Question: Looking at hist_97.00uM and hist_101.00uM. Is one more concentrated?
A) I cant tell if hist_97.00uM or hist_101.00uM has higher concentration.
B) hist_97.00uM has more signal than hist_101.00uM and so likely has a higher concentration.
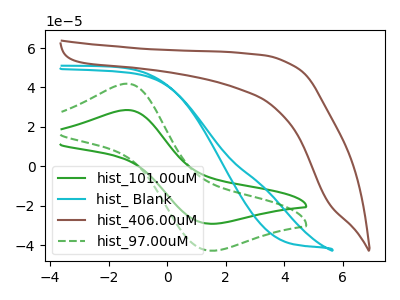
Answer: <think>The green curve "hist_101.00uM" has an anodic peak at (-1.40V, 28.55uA) and a cathodic peak at (1.45V, -29.15uA). The cyan curve "hist_ Blank" has no peaks. The brown curve "hist_406.00uM" has no peaks. The green dashed curve "hist_97.00uM" has an anodic peak at (-1.40V, 41.90uA) and a cathodic peak at (1.45V, -42.80uA).
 All the peaks in "hist_97.00uM" have a peak in "hist_101.00uM" at the same potential. Every peak in "hist_97.00uM" is higher than every peak in "hist_101.00uM".</think>
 <answer>B) "hist_97.00uM" has more signal than "hist_101.00uM" and so likely has a higher concentration.</answer>
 <eval>B</eval>